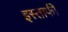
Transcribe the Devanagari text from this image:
इस्ताफी